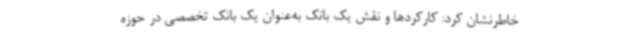
خاطرنشان کرد: کارکردها و نقش یک بانک به‌عنوان یک بانک تخصصی در حوزه